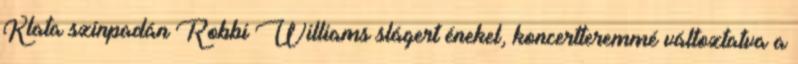
Klata színpadán Robbi Williams slágert énekel, koncertteremmé változtatva a